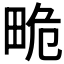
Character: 𤱯